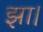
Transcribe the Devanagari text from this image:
झा।